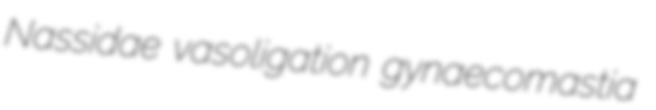
Nassidae vasoligation gynaecomastia